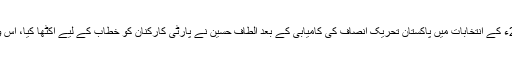
مصطفیٰ کمال نے کہا کہ 2013ء کے انتخابات میں پاکستان تحریک انصاف کی کامیابی کے بعد الطاف حسین نے پارٹی کارکنان کو خطاب کے لیے اکٹھا کیا، اس وقت وہ نشے کی حالت میں تھے۔